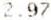
2.97